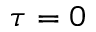
\tau = 0